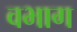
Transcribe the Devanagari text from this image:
वभाग